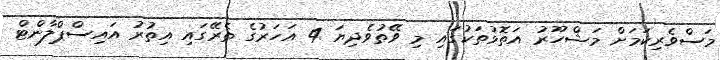
މަސްވެރިކަމަށް މަޝްހޫރު އަތޮޅުތަކުގައި މި ވޭތުވެދިޔަ 4 އަހަރުގެ ތެރޭގައި އިތުރު އައިސްޕްލާންޓް